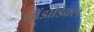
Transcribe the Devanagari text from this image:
गोंडाडिक्‍स